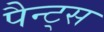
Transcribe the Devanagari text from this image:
पैन्ट्स